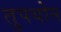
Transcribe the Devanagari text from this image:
तुपयोन